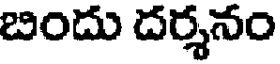
బిందు దర్శనం